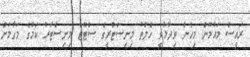
ރައީސް މައުމޫން މިހެން ވިދާޅުވީ ހެލްތު މިނިސްޓްރީގެ ސްޓޭޓް މިނިސްޓަރު ކަމުގެ މަގާމަށް